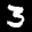
Label: 3